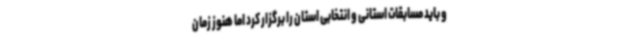
و باید مسابقات استانی و انتخابی استان را برگزار کرد اما هنوز زمان